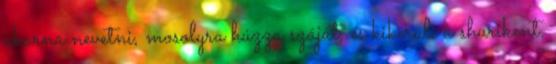
akarna nevetni, mosolyra húzza száját, és kikerüli a shurikent.